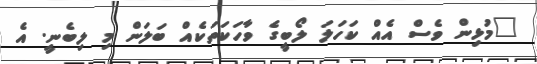
"މުޅިން ވެސް އެއް ކަހަލަ ލޯބީގެ ވާހަކަތަކެއް ބަލަން މި ލިބެނީ. އެ